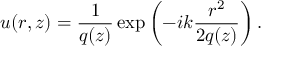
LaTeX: u ( r , z ) = { \frac { 1 } { q ( z ) } } \exp \left( - i k { \frac { r ^ { 2 } } { 2 q ( z ) } } \right) .